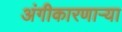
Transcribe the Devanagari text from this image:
अंगीकारणाऱ्या